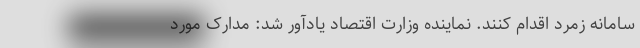
سامانه زمرد اقدام کنند. نماینده وزارت اقتصاد یادآور شد: مدارک مورد